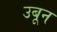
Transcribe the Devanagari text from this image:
उबून